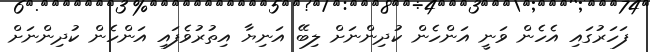
ފަހަރުގައި އެހެން ވަނީ އަންހެން ކުދިންނަށް ލިބޭ އަނިޔާ އިތުރުވެފައި އަންހެން ކުދިންނަށް